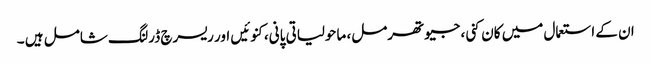
ان کے استعمال میں کان کنی، جیوتھرمل، ماحولیاتی پانی، کنوئیں اور ریسرچ ڈرلنگ شامل ہیں ۔